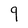
Character: q